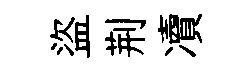
盜荆凟